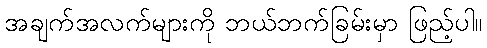
အချက်အလက်များကို ဘယ်ဘက်ခြမ်းမှာ ဖြည့်ပါ။